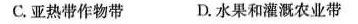
C.亚热带作物带 D.水果和灌溉农业带